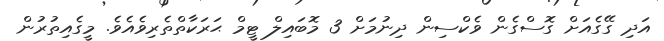
އަދި ގޭގެއަށް ގޮސްގެން ވެކްސިން ދިނުމަށް 3 މޮބައިލް ޓީމް ޙަރަކާތްތެރިވެއެވެ. މީގެއިތުރުން